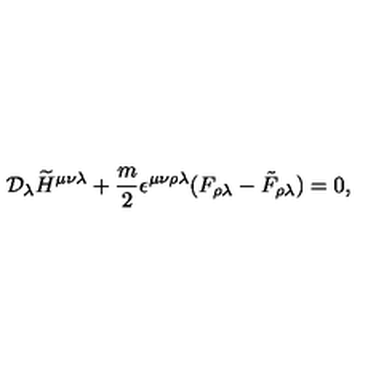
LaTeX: { \cal D } _ { \lambda } \widetilde H ^ { \mu \nu \lambda } + { \frac { m } { 2 } } \epsilon ^ { \mu \nu \rho \lambda } ( F _ { \rho \lambda } - \tilde { F } _ { \rho \lambda } ) = 0 ,